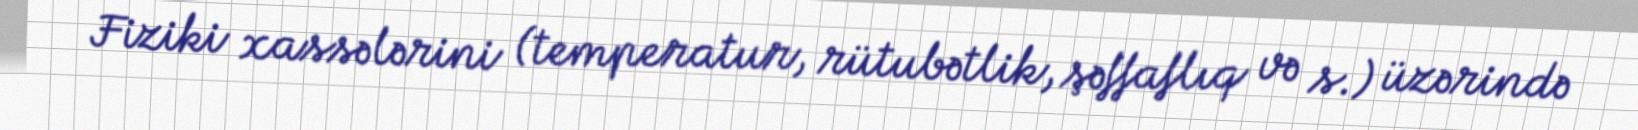
Fiziki xassələrini (temperatur, rütubətlik, şəffaflıq və s.) üzərində